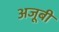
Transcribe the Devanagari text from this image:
अजूबी